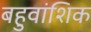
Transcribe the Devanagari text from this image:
बहुवांशिक